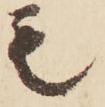
毛